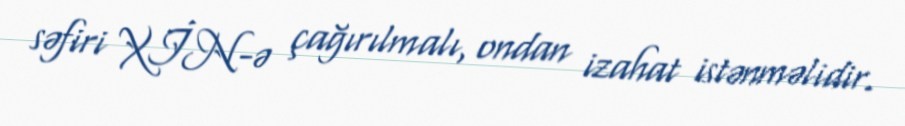
səfiri XİN-ə çağırılmalı, ondan izahat istənməlidir.